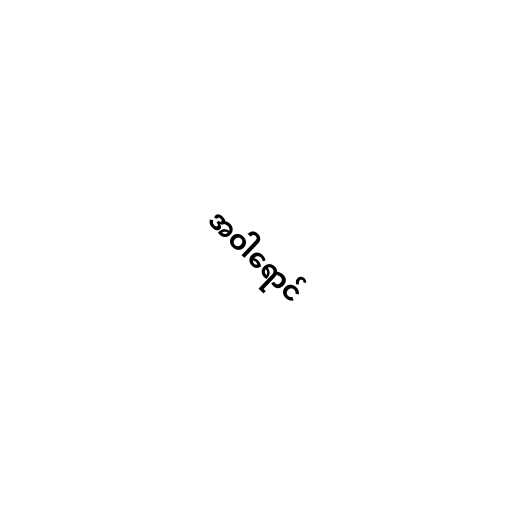
အဝါရောင်